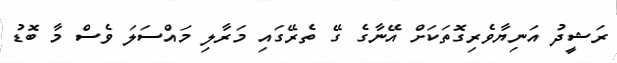
ރަޝީދު އަނިޔާވެރިގޮތަކަށް އޭނާގެ ގޭ ތެރޭގައި މަރާލި މައްސަލަ ވެސް މާ ބޮޑު